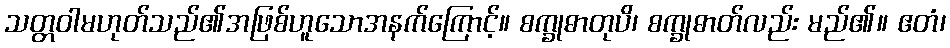
သတ္တဝါမဟုတ်သည်၏အဖြစ်ဟူသောအနက်ကြောင့်။ စက္ခုဓာတုပိ၊ စက္ခုဓာတ်လည်း မည်၏။ ဧတံ၊